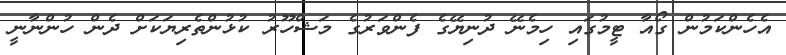
އެހެންކަމުން ގޯއާ ޓީމުގައި ހިމެނޭ ދުނިޔޭގެ ފެންވަރުގެ މަޝްހޫރު ކުޅުންތެރިޔަކަށް ދެން ހުންނާނީ